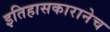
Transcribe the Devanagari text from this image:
इतिहासकारानेच